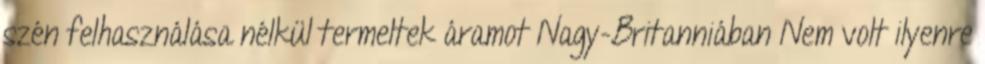
szén felhasználása nélkül termeltek áramot Nagy-Britanniában Nem volt ilyenre